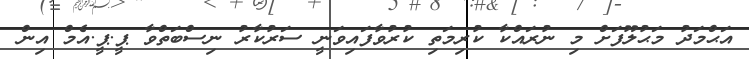
އަޙްމަދު މަޙުލޫފަށް މި ނުރައްކާ ކުރިމަތި ކުރުވާފައިވަނީ ސަރުކާރު ނިސްބަތްވާ ޕީ.ޕީ.އެމް އިން